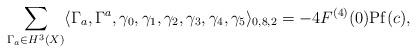
LaTeX: \begin{align*}\sum_{\Gamma_a\in H^3(X)}\langle \Gamma_a,\Gamma^a,\gamma_0,\gamma_1,\gamma_2,\gamma_3,\gamma_4,\gamma_5\rangle_{0,8,2}=-4 F^{(4)}(0) \mathrm{Pf}(c),\end{align*}